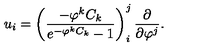
u _ { i } = \left( \frac { - \varphi ^ { k } C _ { k } } { e ^ { - \varphi ^ { k } C _ { k } } - 1 } \right) _ { i } ^ { j } \frac { \partial } { \partial \varphi ^ { j } } .